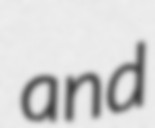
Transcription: and